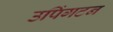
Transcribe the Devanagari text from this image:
उपिंगटन